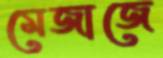
মেজাজে